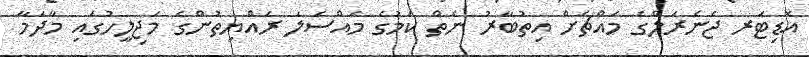
އޮޑިޓަރ ޖެނެރަލްގެ މައްޗަށް އިތުބާރު ނެތް ކަމުގެ މައްސަލަ ރައްޔިތުންގެ މަޖިލީހުގައި މާދަމާ